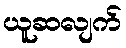
ယူဆလျက်